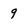
Character: 9